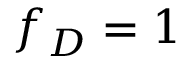
f _ { D } = 1